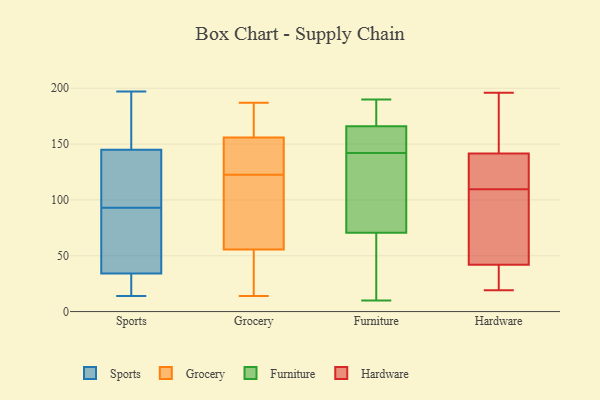
{"axis": {"x": "Net Income (USD K)", "y": "Value"}, "legend": ["Furniture", "Grocery", "Hardware", "Sports"], "data": [{"x": "", "y": 197, "type": "Sports"}, {"x": "", "y": 145, "type": "Sports"}, {"x": "", "y": 27, "type": "Sports"}, {"x": "", "y": 23, "type": "Sports"}, {"x": "", "y": 143, "type": "Sports"}, {"x": "", "y": 14, "type": "Sports"}, {"x": "", "y": 79, "type": "Sports"}, {"x": "", "y": 71, "type": "Sports"}, {"x": "", "y": 34, "type": "Sports"}, {"x": "", "y": 77, "type": "Sports"}, {"x": "", "y": 122, "type": "Sports"}, {"x": "", "y": 152, "type": "Sports"}, {"x": "", "y": 107, "type": "Sports"}, {"x": "", "y": 146, "type": "Sports"}, {"x": "", "y": 132, "type": "Grocery"}, {"x": "", "y": 187, "type": "Grocery"}, {"x": "", "y": 163, "type": "Grocery"}, {"x": "", "y": 139, "type": "Grocery"}, {"x": "", "y": 175, "type": "Grocery"}, {"x": "", "y": 43, "type": "Grocery"}, {"x": "", "y": 51, "type": "Grocery"}, {"x": "", "y": 14, "type": "Grocery"}, {"x": "", "y": 62, "type": "Grocery"}, {"x": "", "y": 60, "type": "Grocery"}, {"x": "", "y": 26, "type": "Grocery"}, {"x": "", "y": 103, "type": "Grocery"}, {"x": "", "y": 159, "type": "Grocery"}, {"x": "", "y": 127, "type": "Grocery"}, {"x": "", "y": 118, "type": "Grocery"}, {"x": "", "y": 153, "type": "Grocery"}, {"x": "", "y": 144, "type": "Furniture"}, {"x": "", "y": 173, "type": "Furniture"}, {"x": "", "y": 90, "type": "Furniture"}, {"x": "", "y": 190, "type": "Furniture"}, {"x": "", "y": 142, "type": "Furniture"}, {"x": "", "y": 131, "type": "Furniture"}, {"x": "", "y": 167, "type": "Furniture"}, {"x": "", "y": 38, "type": "Furniture"}, {"x": "", "y": 10, "type": "Furniture"}, {"x": "", "y": 120, "type": "Furniture"}, {"x": "", "y": 172, "type": "Furniture"}, {"x": "", "y": 142, "type": "Furniture"}, {"x": "", "y": 15, "type": "Furniture"}, {"x": "", "y": 64, "type": "Furniture"}, {"x": "", "y": 163, "type": "Furniture"}, {"x": "", "y": 154, "type": "Furniture"}, {"x": "", "y": 171, "type": "Furniture"}, {"x": "", "y": 10, "type": "Furniture"}, {"x": "", "y": 148, "type": "Furniture"}, {"x": "", "y": 19, "type": "Hardware"}, {"x": "", "y": 43, "type": "Hardware"}, {"x": "", "y": 33, "type": "Hardware"}, {"x": "", "y": 178, "type": "Hardware"}, {"x": "", "y": 62, "type": "Hardware"}, {"x": "", "y": 196, "type": "Hardware"}, {"x": "", "y": 110, "type": "Hardware"}, {"x": "", "y": 102, "type": "Hardware"}, {"x": "", "y": 109, "type": "Hardware"}, {"x": "", "y": 32, "type": "Hardware"}, {"x": "", "y": 122, "type": "Hardware"}, {"x": "", "y": 120, "type": "Hardware"}, {"x": "", "y": 151, "type": "Hardware"}, {"x": "", "y": 182, "type": "Hardware"}, {"x": "", "y": 41, "type": "Hardware"}, {"x": "", "y": 132, "type": "Hardware"}]}